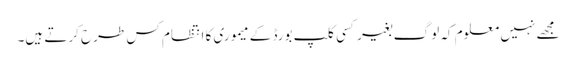
مجھے نہیں معلوم کہ لوگ بغیر کسی کلپ بورڈ کے میموری کا انتظام کس طرح کرتے ہیں۔